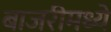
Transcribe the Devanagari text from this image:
बाजरीमध्ये